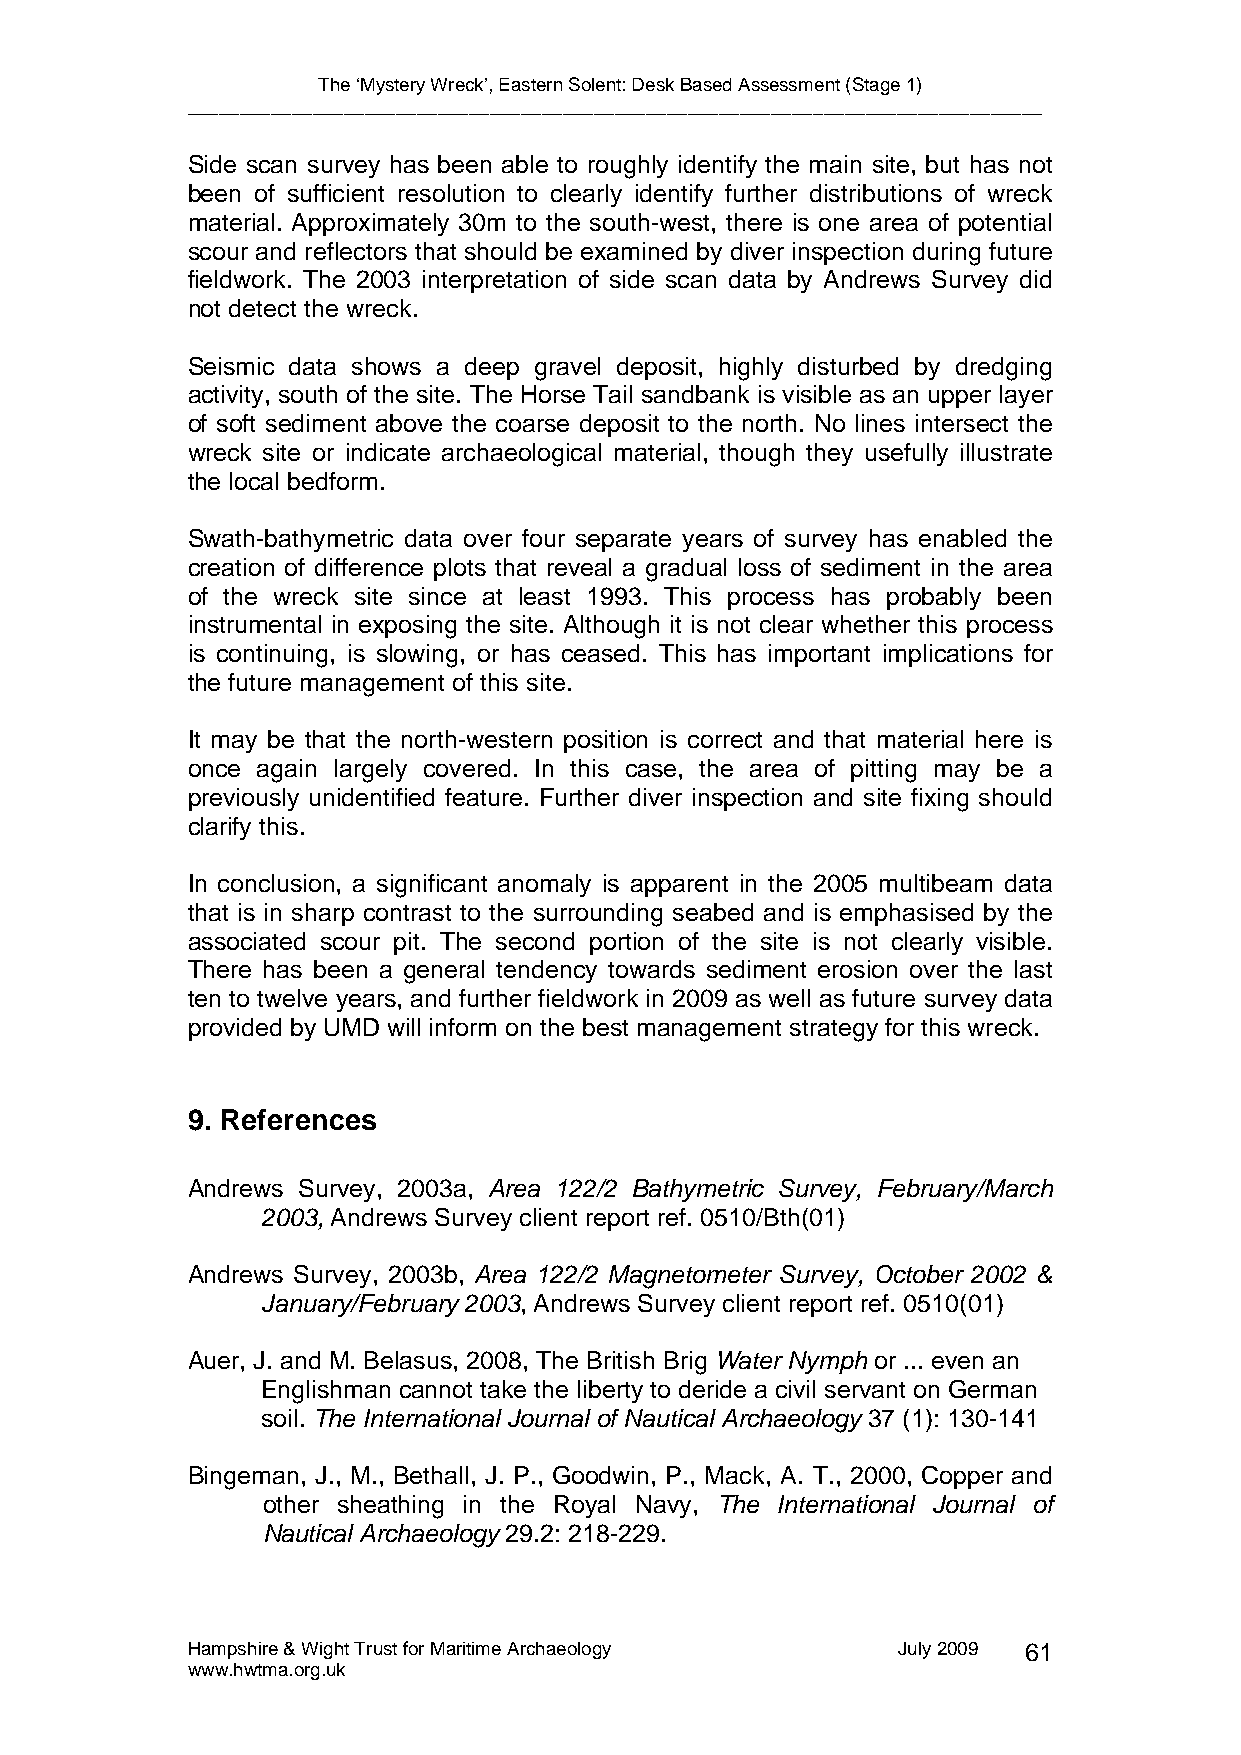
The ‘Mystery Wreck’, Eastern Solent: Desk Based Assessment (Stage 1)
 __________________________________________________________________________________
 Side scan survey has been able to roughly identify the main site, but has not
 been of sufficient resolution to clearly identify further distributions of wreck
 material. Approximately 30m to the south-west, there is one area of potential
 scour and reflectors that should be examined by diver inspection during future
 fieldwork. The 2003 interpretation of side scan data by Andrews Survey did
 not detect the wreck.
 Seismic data shows a deep gravel deposit, highly disturbed by dredging
 activity, south of the site. The Horse Tail sandbank is visible as an upper layer
 of soft sediment above the coarse deposit to the north. No lines intersect the
 wreck site or indicate archaeological material, though they usefully illustrate
 the local bedform.
 Swath-bathymetric data over four separate years of survey has enabled the
 creation of difference plots that reveal a gradual loss of sediment in the area
 of the wreck site since at least 1993. This process has probably been
 instrumental in exposing the site. Although it is not clear whether this process
 is continuing, is slowing, or has ceased. This has important implications for
 the future management of this site.
 It may be that the north-western position is correct and that material here is
 once again largely covered. In this case, the area of pitting may be a
 previously unidentified feature. Further diver inspection and site fixing should
 clarify this.
 In conclusion, a significant anomaly is apparent in the 2005 multibeam data
 that is in sharp contrast to the surrounding seabed and is emphasised by the
 associated scour pit. The second portion of the site is not clearly visible.
 There has been a general tendency towards sediment erosion over the last
 ten to twelve years, and further fieldwork in 2009 as well as future survey data
 provided by UMD will inform on the best management strategy for this wreck.
 9. References
 Andrews Survey, 2003a, Area 122/2 Bathymetric Survey, February/March
 2003, Andrews Survey client report ref. 0510/Bth(01)
 Andrews Survey, 2003b, Area 122/2 Magnetometer Survey, October 2002 &
 January/February 2003, Andrews Survey client report ref. 0510(01)
 Auer, J. and M. Belasus, 2008, The British Brig Water Nymph or ... even an
 Englishman cannot take the liberty to deride a civil servant on German
 soil. The International Journal of Nautical Archaeology 37 (1): 130-141
 Bingeman, J., M., Bethall, J. P., Goodwin, P., Mack, A. T., 2000, Copper and
 other sheathing in the Royal Navy, The International Journal of
 Nautical Archaeology 29.2: 218-229.
 Hampshire & Wight Trust for Maritime Archaeology July 2009 61
 www.hwtma.org.uk